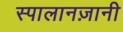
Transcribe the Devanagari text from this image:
स्पालानज़ानी